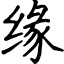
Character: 缘